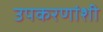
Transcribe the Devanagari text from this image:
उपकरणांशी